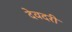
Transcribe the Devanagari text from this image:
देवदरी